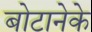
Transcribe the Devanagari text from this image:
बोटानेके